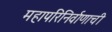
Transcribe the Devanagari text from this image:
महापरिनिर्वाणाची